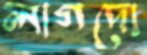
লাগদো